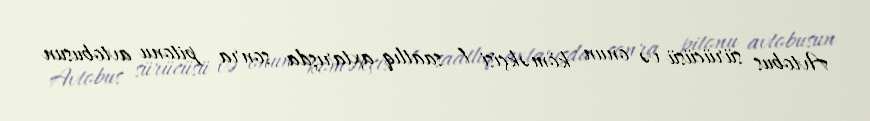
Avtobus sürücüsü və onun köməkçisi 1 saatlıq axtarışda sonra pitonu avtobusun